Lunatic asylums Central Provinces reports 1886-1894 - 1886-1894
Year: 1886
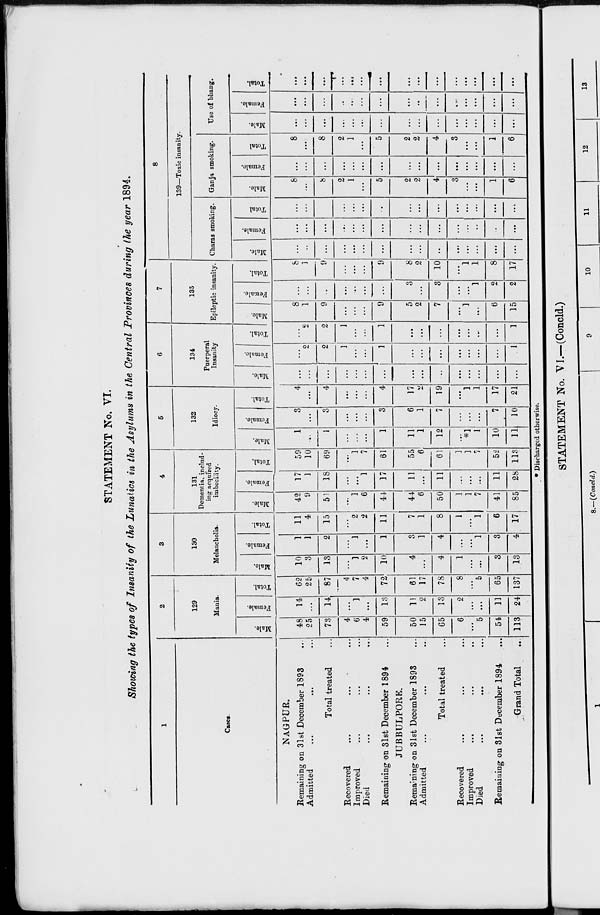
STATEMENT No. VI.
Showing the types of Insanity of the Lunatics in the Asylums in the Central Provinces during the year 1894.
1
Cases.
NAGPUR.
Remaining on 31st December 1893 ...
Admitted ... ... ...
Total treated ...
Recovered ... ... ...
Improved ... ... ...
Died ... ... ...
Remaining on 31st December 1894 ...
JUBBULPORE.
Remaning on 31st December 1893 ...
Admitted ... ... ...
Total treated ...
Recovered ... ... ...
Improved ... ... ...
Died ... ... ...
Remaining on 31st December 1894 ...
Grand Total ...
2
129
Mania.
Male.
48
25
73
4
6
4
59
50
15
65
6
...
5
54
113
Female.
14
...
14
...
1
...
13
11
2
13
2
...
...
11
24
Total.
62
25
87
4
7
4
72
61
17
78
8
...
5
65
137
3
130
Melancholia.
Male.
10
3
13
...
1
2
10
4
...
4
1
...
...
3
13
Female.
1
1
2
...
1
...
1
3
1
4
...
...
1
3
4
Total.
11
4
15
...
2
2
11
7
1
8
1
...
1
6
17
4
131
Dementia, includ-
ing acquired
imbecility.
Male.
42
9
51
...
1
6
44
44
6
50
1
1
7
41
85
Female.
17
1
18
...
...
1
17
11
...
11
...
...
...
11
28
Total.
59
10
69
...
1
7
61
55
6
61
1
1
7
52
113
5
132
Idiocy.
Male.
1
...
1
...
...
...
1
11
1
12
...
*1
1
10
11
Female.
3
...
3
...
...
...
3
6
1
7
...
...
...
7
10
Total.
4
...
4
...
...
...
4
17
2
19
...
1
1
17
21
6
134
Puerperal
Insanity
Male.
...
...
...
...
...
...
...
...
...
...
...
...
...
...
...
Female.
...
2
2
1
...
...
1
...
...
...
...
...
...
...
1
Total.
...
2
2
1
...
...
1
...
...
...
...
...
...
...
1
7
135
Epileptic insanity.
Male.
8
1
9
...
...
...
9
5
2
7
...
1
...
6
15
Female.
...
...
...
...
...
...
...
3
...
3
...
...
1
2
2
Total.
8
1
9
...
...
...
9
8
2
10
...
1
1
8
17
8
139—Toxic insanity.
Charas smoking.
Male.
...
...
...
...
...
...
...
...
...
...
...
...
...
...
...
Female.
...
...
...
...
...
...
...
...
...
...
...
...
...
...
...
Total
...
...
...
...
...
...
...
...
...
...
...
...
...
...
Ganja smoking.
Male.
8
...
8
2
1
...
5
2
2
4
3
...
...
1
6
Female.
...
...
...
...
...
...
...
...
...
...
...
...
...
...
...
Total
8
...
8
2
1
...
5
2
2
4
3
...
...
1
6
Use of bhang.
Male.
...
...
...
...
...
...
...
...
...
...
...
...
...
...
...
Female.
...
...
...
...
...
...
...
...
...
...
...
...
...
...
...
Total.
...
...
...
...
...
...
...
...
...
...
...
...
...
...
...
* Discharged otherwise.